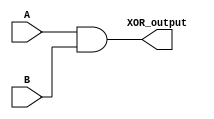
module XOR_gate (
  input A,
  input B,
  output XOR_output
);

  wire NAND_output;
  wire INV_output;
  
  // NAND gate design
  assign NAND_output = ~(A & B);
  
  // Inverter design
  assign INV_output = ~NAND_output;
  
  // XOR gate output
  assign XOR_output = INV_output;

endmodule